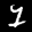
Label: 1